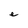
Character: e